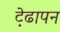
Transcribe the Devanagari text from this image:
ट़ेढापन